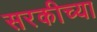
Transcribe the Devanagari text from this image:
सरकीच्या